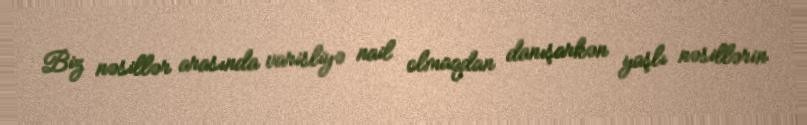
Biz nəsillər arasında varisliyə nail olmaqdan danışarkən yaşlı nəsillərin